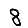
Digit: 8